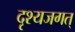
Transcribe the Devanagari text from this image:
दृश्यजगत्